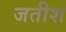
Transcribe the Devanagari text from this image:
जतीश